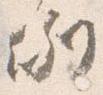
例